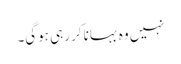
نہیں وہ بہانا کر رہی ہوگی۔